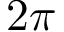
2 \pi